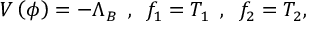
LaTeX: V \left( \phi \right) = - \Lambda _ { B } \, \, \, , \, \, \, f _ { 1 } = T _ { 1 } \, \, \, , \, \, \, f _ { 2 } = T _ { 2 } ,